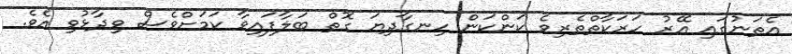
އެތަނުގައި އޭރު ހަރަކާތްތެެރިވެ ކަންކަން ހިނގާދިޔަ ގޮތް ބަލާފައިވާ ކަމަށްވެސް ވިދާޅުވި އެވެ.